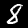
Digit: 8